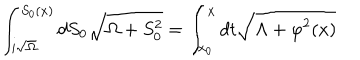
LaTeX: \int _ { i \sqrt \Omega } ^ { S _ { 0 } ( x ) } { d S _ { 0 } \sqrt { \Omega + S _ { 0 } ^ { 2 } } } = \int _ { x _ { 0 } } ^ { x } { d t \sqrt { \Lambda + \varphi ^ { 2 } ( x ) } }